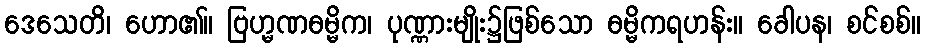
ဒေသေတိ၊ ဟော၏။ ဗြဟ္မဏဓမ္မိက၊ ပုဏ္ဏားမျိုး၌ဖြစ်သော ဓမ္မိကရဟန်း။ ခေါပန၊ စင်စစ်။